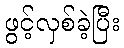
ဖွင့်လှစ်ခဲ့ပြီး